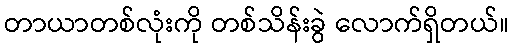
တာယာတစ်လုံးကို တစ်သိန်းခွဲ လောက်ရှိတယ်။